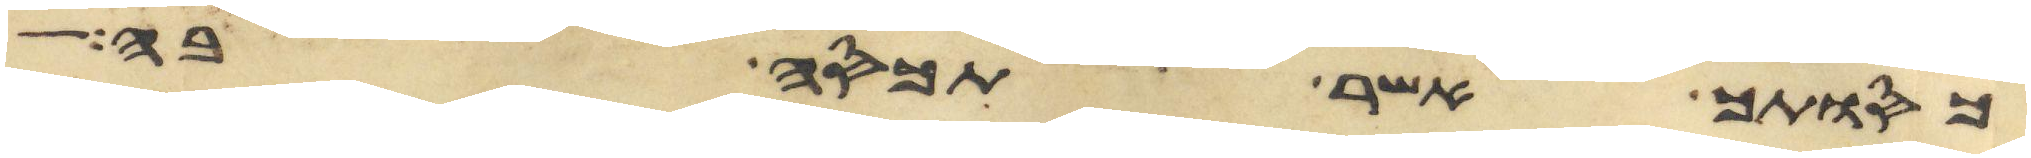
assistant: כסותך אשר תכסה בה